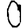
Digit: 0